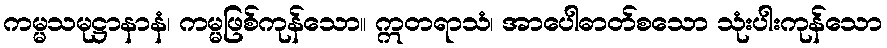
ကမ္မသမုဋ္ဌာနာနံ၊ ကမ္မဖြစ်ကုန်သော။ ဣတရာသံ၊ အာပေါဓာတ်စသော သုံးပါးကုန်သော